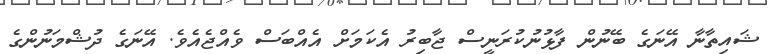
ޝައިތާނާ އޭނަގެ ބޭނުން ފާޅުނުކުރަނީސް ޖާބިރު އެކަމަށް އެއްބަސް ވެއްޖެއެވެ. އޭނަގެ ދުޝްމަނުންގެ